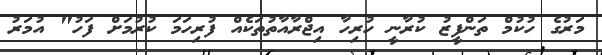
މަރުގެ ހުކުމް ތަންފީޒު ކުރާނީ ހުރިހާ އިޖްރާއާތުތަކެއް ފުރިހަމަ ކުރުމަށް ފަހު" އުމަރު